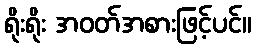
ရိုးရိုး အဝတ်အစားဖြင့်ပင်။